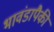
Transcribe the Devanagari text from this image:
भावंडापैकी